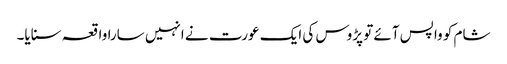
شام کو واپس آئے تو پڑوس کی ایک عورت نے انہیں سارا واقعہ سنایا۔